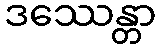
ဒဿေန္တာ